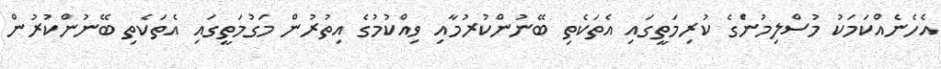
އެހެނެއްކަމަކު މުސްލިމުންެގެ ކުރިމަތީގައި އެތަކެތި ބޭނުންކުރުމާއި ވިއްކުމުގެ އިތުރުން މަގުމަތީގައި އެތަކެތި ބޭނުންކުރުން